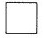
\Box